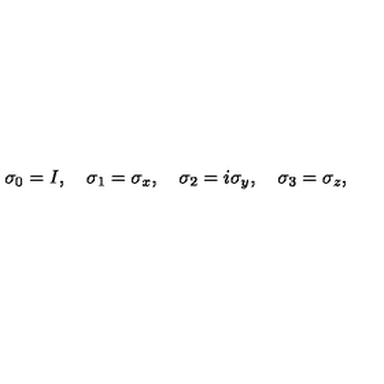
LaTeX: \sigma _ { 0 } = I , \quad \sigma _ { 1 } = \sigma _ { x } , \quad \sigma _ { 2 } = i \sigma _ { y } , \quad \sigma _ { 3 } = \sigma _ { z } ,